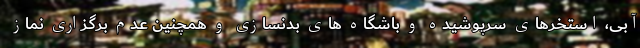
آبی، استخرهای سرپوشیده و باشگاه های بدنسازی و همچنین عدم برگزاری نماز